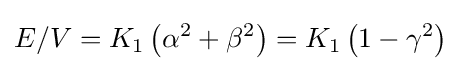
E/V=K_{1}\left(\alpha ^{2}+\beta ^{2}\right)=K_{1}\left(1-\gamma ^{2}\right)